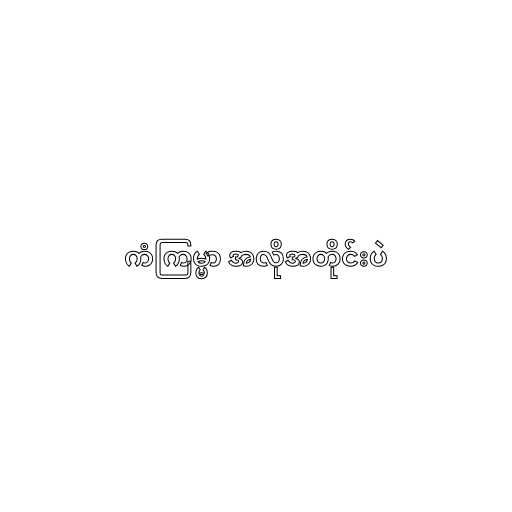
ကံကြမ္မာ အလိုအတိုင်းပဲ